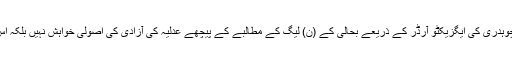
معزول ججوں خاص طور پر جسٹس افتخار چوہدری کی ایگزیکٹو آرڈر کے ذریعے بحالی کے (ن) لیگ کے مطالبے کے پیچھے عدلیہ کی آزادی کی اصولی خواہش نہیں بلکہ اس کے سیاسی مفادات انگڑائیاں لے رہے ہیں۔